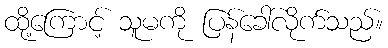
ထို့ကြောင့် သူမကို ပြန်ခေါ်လိုက်သည်။